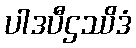
ပါဒပီဌဿိဒံ